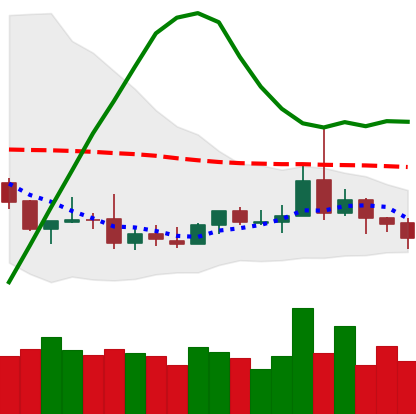
Ticker: DOGE-USD
Chart end date: 2019-08-10
Forward return: -7.108%
Label: down_7plus